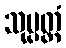
သုပ္ပတ္တံ